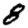
Digit: 8